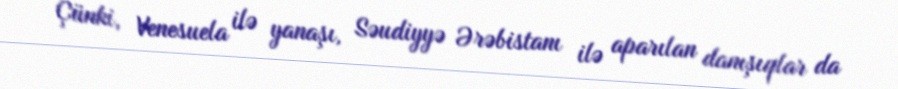
Çünki, Venesuela ilə yanaşı, Səudiyyə Ərəbistanı ilə aparılan danışıqlar da